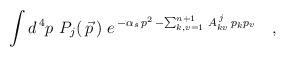
LaTeX: \begin{align*}\int d^{\,4}p\ P_{j}(\,\vec p\,)\ e^{\,-\alpha_{s}\,p^{2}\,-\sum_{k,v=1}^{n+1}\,A^{\,j}_{kv}\,p_{k} p_{v}}\quad,\end{align*}